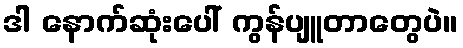
ဒါ နောက်ဆုံးပေါ် ကွန်ပျူတာတွေပဲ။